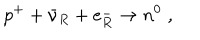
p ^ { + } + \bar { \nu } _ { R } + e _ { R } ^ { - } \to n ^ { 0 } \; ,